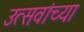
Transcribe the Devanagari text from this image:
उत्सवांच्या